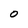
Character: O